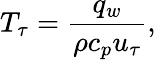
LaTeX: T_{\tau}=\frac{q_{w}}{\rho c_{p}u_{\tau}},